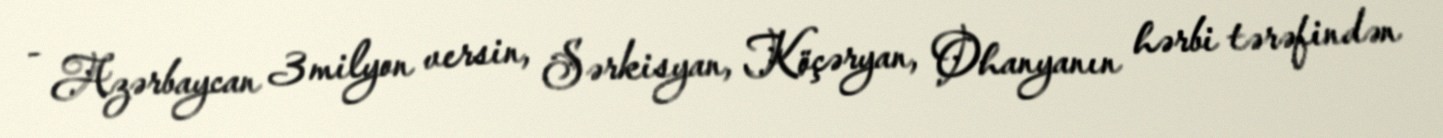
- Azərbaycan 3 milyon versin, Sərkisyan, Köçəryan, Ohanyanın hərbi tərəfindən